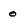
Character: o